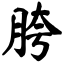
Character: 胯